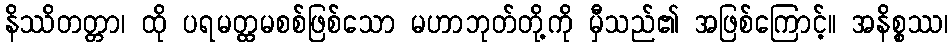
နိဿိတတ္တာ၊ ထို ပရမတ္ထမစစ်ဖြစ်သော မဟာဘုတ်တို့ကို မှီသည်၏ အဖြစ်ကြောင့်။ အနိစ္စဿ၊